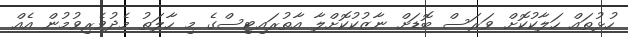
ހުޅުތައް ހަލާކުކޮށް ވަރަސް ބޮޑަށް ނާޒުކުކޮށްލާ އާތުރައިޓިސްގެ މި ހާލަތު މެދުވެރިވުމުން އެއް